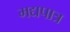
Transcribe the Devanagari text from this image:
मद्यपात्र